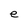
Character: e